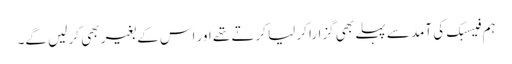
ہم فیسبک کی آمد سے پہلے بھی گزارا کر لیا کرتے تھے اور اس کے بغیر بھی کر لیں گے۔